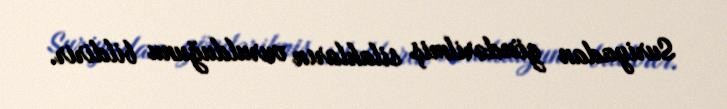
Suriyadan göndərilmiş silahların vurulduğunu bildirir.